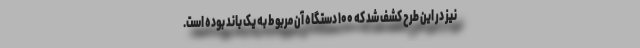
نیز در این طرح کشف شد که ۱۰۰ دستگاه آن مربوط به یک باند بوده است.